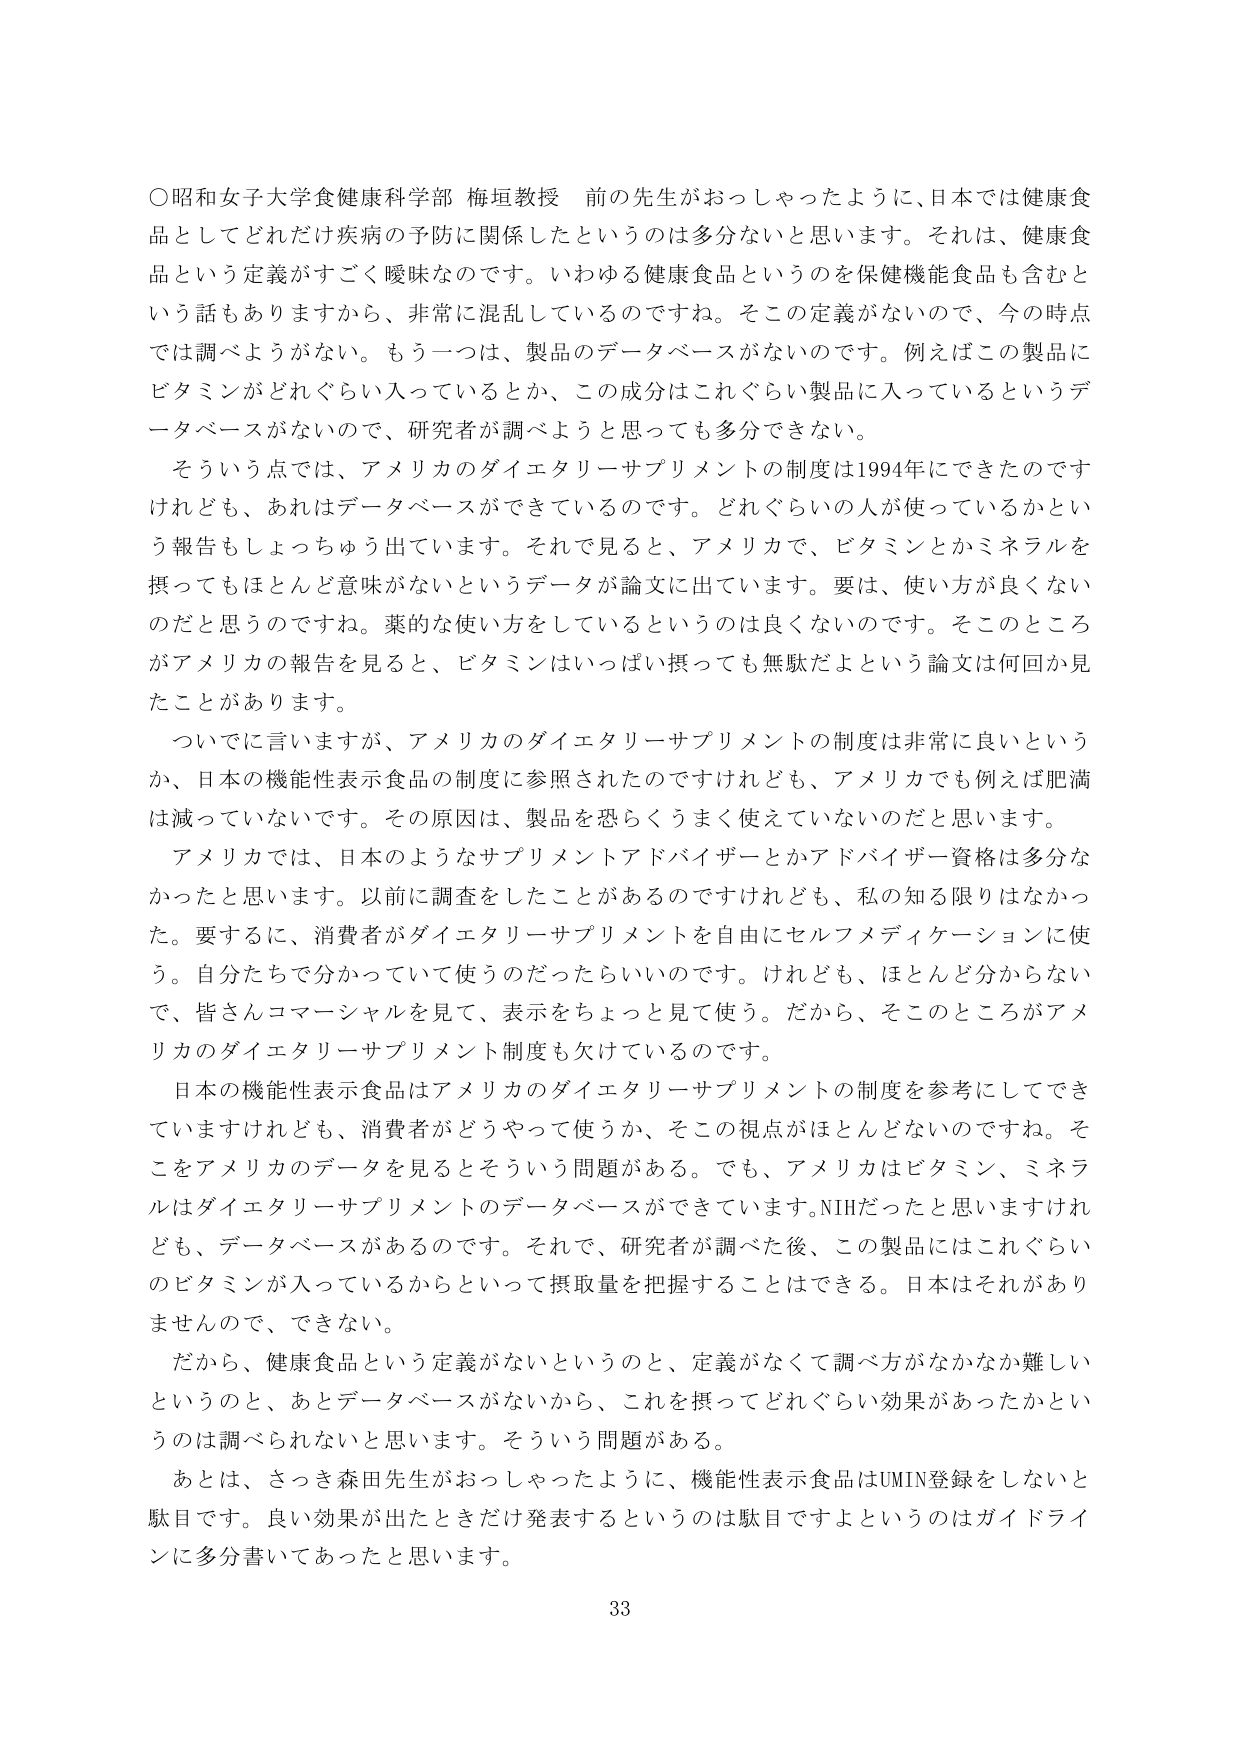
○昭和女子大学食健康科学部 梅垣教授 前の先生がおっしゃったように、日本では健康食品としてどれだけ疾病の予防に関係したというのは多分ないと思います。それは、健康食品という定義がすごく曖昧なのです。いわゆる健康食品というのを保健機能食品も含むという話もありますから、非常に混乱しているのですね。そこの定義がないので、今の時点では調べようがない。もう一つは、製品のデータベースがないのです。例えばこの製品にビタミンがどれぐらい入っているとか、この成分はこれぐらい製品に入っているというデータベースがないので、研究者が調べようと思っても多分できない。

そういう点では、アメリカのダイエットリーサプリメントの制度は1994年にできたのですけれども、あれはデータベースができているのです。どれぐらいの人が使っているかという報告もしょっちゅう出ています。それで見ると、アメリカで、ビタミンとかミネラルを摂ってもほとんど意味がないというデータが論文に出ています。要は、使い方が良くないのだと思うのですね。薬的な使い方をしているというのは良くないのです。そこのところがアメリカの報告を見ると、ビタミンはいっぱい摂っても無駄だよという論文は何回か見たことがあります。

ついでに言いますが、アメリカのダイエットリーサプリメントの制度は非常に良いというか、日本の機能性表示食品の制度に参照されたのですけれども、アメリカでも例えば肥満は減っていないです。その原因は、製品を恐らくうまく使えていないのだと思います。

アメリカでは、日本のようなサプリメントアドバイザーとかアドバイザー資格は多分なかったと思います。以前に調査をしたことがあるのですけれども、私の知る限りはなかった。要するに、消費者がダイエットリーサプリメントを自由にセルフメディケーションに使う。自分たちで分かっていて使うのだったらいいのです。けれども、ほとんど分からないで、皆さんコマーシャルを見て、表示をちょっと見て使う。だから、そこのところがアメリカのダイエットリーサプリメント制度も欠けているのです。

日本の機能性表示食品はアメリカのダイエットリーサプリメントの制度を参考にしてできていますけれども、消費者がどうやって使うか、そこの視点がほとんどないのですね。そこをアメリカのデータを見るとそういう問題がある。でも、アメリカはビタミン、ミネラルはダイエットリーサプリメントのデータベースができています。NIHだったと思いますけれども、データベースがあるのです。それで、研究者が調べた後、この製品にはこれぐらいのビタミンが入っているからといって摂取量を把握することはできる。日本はそれがありませんので、できない。

だから、健康食品という定義がないというのと、定義がなくて調べ方がなかなか難しいというのと、あとデータベースがないから、これを摂ってどれぐらい効果があったかというのは調べられないと思います。そういう問題がある。

あとは、さっき森田先生がおっしゃったように、機能性表示食品はUMIN登録をしないと駄目です。良い効果が出たときだけ発表するというのは駄目ですよというのはガイドラインに多分書いてあったと思います。

33